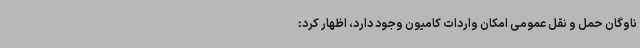
ناوگان حمل و نقل عمومی امکان واردات کامیون وجود دارد، اظهار کرد: